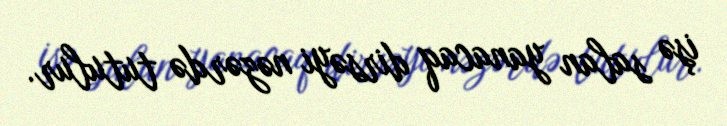
işə salan yanacaq dirsəyi nəzərdə tutulur.